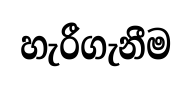
හැරීගැනීම